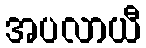
အပလာယီ